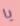
يا